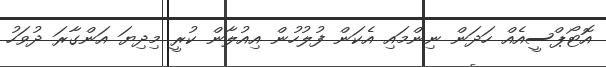
އޮޓޯޕްސީއެއް ހަދަން ނިންމައި އެކަން ފުލުހުން އިއުލާން ކުރީ މިދިޔަ އަންގާރަ ދުވަހު